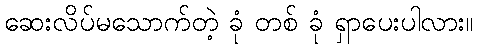
ဆေးလိပ်မသောက်တဲ့ ခုံ တစ် ခုံ ရှာပေးပါလား။